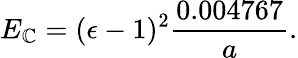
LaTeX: E_{\mathbb{C}}=(\epsilon-1)^{2}{\frac{{0.004767}}{{a}}}.